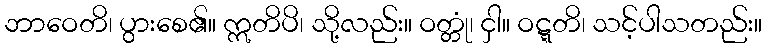
ဘာဝေတိ၊ ပွားစေ၏။ ဣတိပိ၊ သို့လည်း။ ဝတ္တုံ၊ ငှါ။ ဝဋ္ဋတိ၊ သင့်ပါသတည်း။